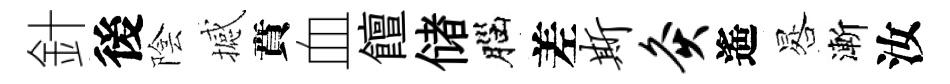
針後陰撼賁血饘储腦差斯灸遙晷漸汝